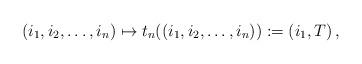
LaTeX: \begin{align*}&(i_1,i_2,\dots,i_n)\mapsto t_n((i_1,i_2,\dots,i_n)):=\left(i_1,T\right),\\\end{align*}